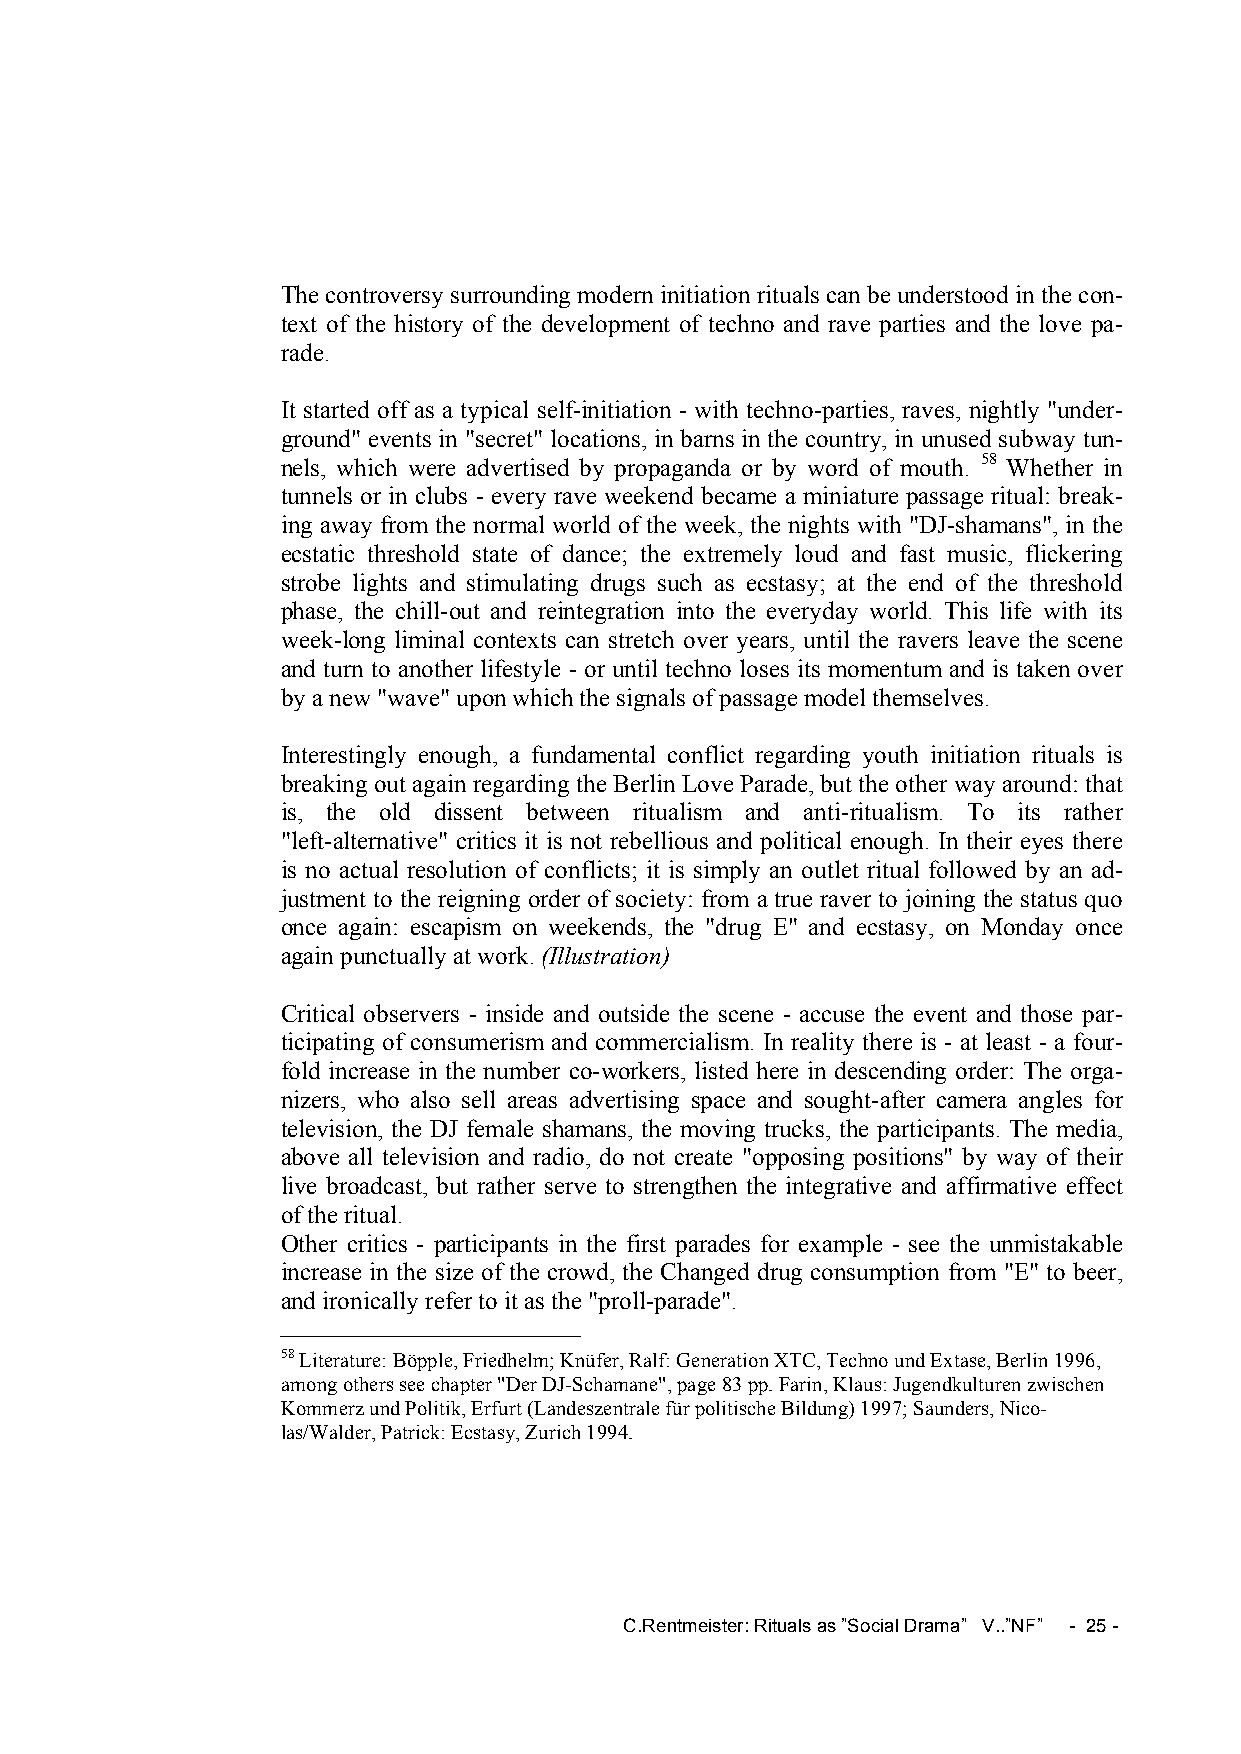
The controversy surrounding modern initiation rituals can be understood in the con-
 text of the history of the development of techno and rave parties and the love pa-
 rade.
 It started off as a typical self-initiation - with techno-parties, raves, nightly "under-
 ground" events in "secret" locations, in barns in the country, in unused subway tun-
 nels, which were advertised by propaganda or by word of mouth. 58 Whether in
 tunnels or in clubs - every rave weekend became a miniature passage ritual: break-
 ing away from the normal world of the week, the nights with "DJ-shamans", in the
 ecstatic threshold state of dance; the extremely loud and fast music, flickering
 strobe lights and stimulating drugs such as ecstasy; at the end of the threshold
 phase, the chill-out and reintegration into the everyday world. This life with its
 week-long liminal contexts can stretch over years, until the ravers leave the scene
 and turn to another lifestyle - or until techno loses its momentum and is taken over
 by a new "wave" upon which the signals of passage model themselves.
 Interestingly enough, a fundamental conflict regarding youth initiation rituals is
 breaking out again regarding the Berlin Love Parade, but the other way around: that
 is, the old dissent between ritualism and anti-ritualism. To its rather
 "left-alternative" critics it is not rebellious and political enough. In their eyes there
 is no actual resolution of conflicts; it is simply an outlet ritual followed by an ad-
 justment to the reigning order of society: from a true raver to joining the status quo
 once again: escapism on weekends, the "drug E" and ecstasy, on Monday once
 again punctually at work. (Illustration)
 Critical observers - inside and outside the scene - accuse the event and those par-
 ticipating of consumerism and commercialism. In reality there is - at least - a four-
 fold increase in the number co-workers, listed here in descending order: The orga-
 nizers, who also sell areas advertising space and sought-after camera angles for
 television, the DJ female shamans, the moving trucks, the participants. The media,
 above all television and radio, do not create "opposing positions" by way of their
 live broadcast, but rather serve to strengthen the integrative and affirmative effect
 of the ritual.
 Other critics - participants in the first parades for example - see the unmistakable
 increase in the size of the crowd, the Changed drug consumption from "E" to beer,
 and ironically refer to it as the "proll-parade".
 58 Literature: Böpple, Friedhelm; Knüfer, Ralf: Generation XTC, Techno und Extase, Berlin 1996,
 among others see chapter "Der DJ-Schamane", page 83 pp. Farin, Klaus: Jugendkulturen zwischen
 Kommerz und Politik, Erfurt (Landeszentrale für politische Bildung) 1997; Saunders, Nico-
 las/Walder, Patrick: Ecstasy, Zurich 1994.
 C.Rentmeister: Rituals as ”Social Drama” V..”NF” - 25 -